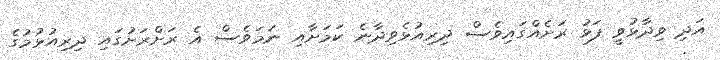
އަދި ވިދާޅުވީ ފަޅު ރަށެއްގައިވެސް ދިރިއުޅެވިދާނެ ކަމަށާއި ނަމަވެސް އެ ރަށްރަށުގައި ދިރިއުޅުމުގެ